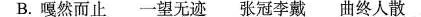
B.嘎然而止 一望无迹 张冠李戴 曲终人散